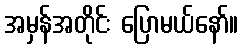
အမှန်အတိုင်း ပြောမယ်နော်။